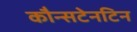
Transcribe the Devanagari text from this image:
कौन्सटेनटिन